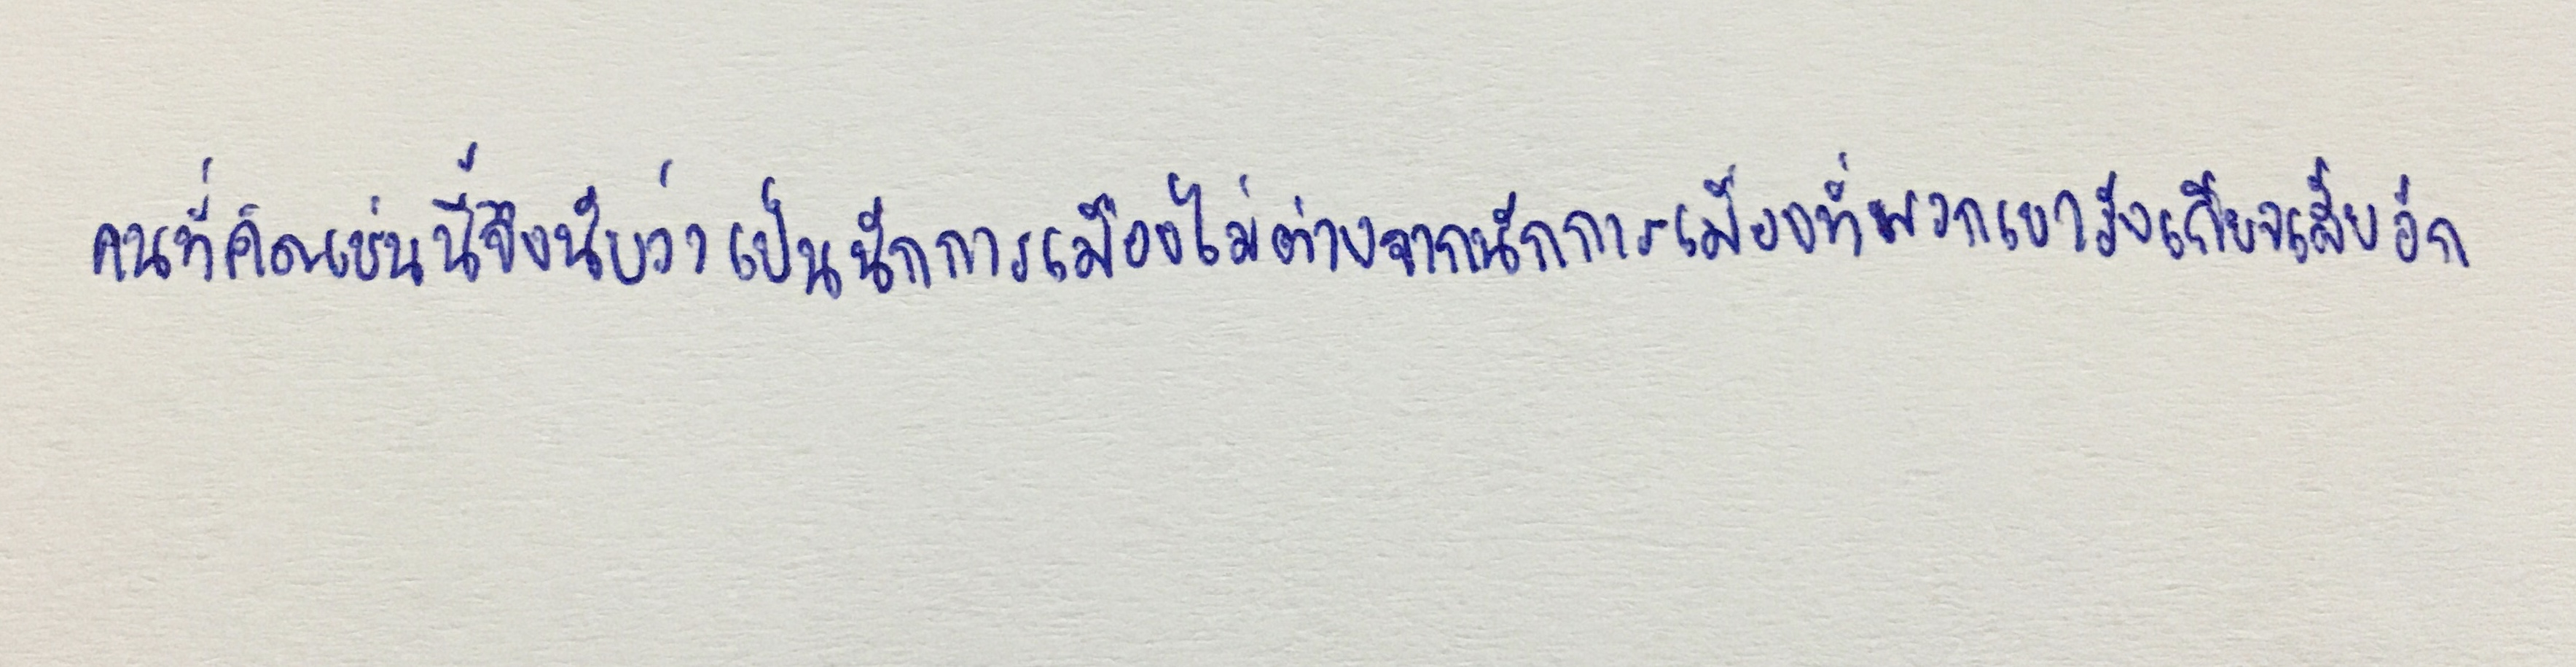
คนที่คิดเช่นนี้จึงนับว่าเป็นนักการเมืองไม่ต่างจากนักการเมืองที่พวกเขารังเกียจเสียอีก